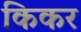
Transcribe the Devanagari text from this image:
किकर